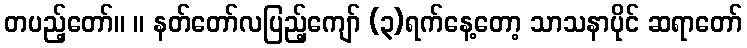
တပည့်တော်။ ။ နတ်တော်လပြည့်ကျော် (၃)ရက်နေ့တော့ သာသနာပိုင် ဆရာတော်